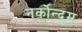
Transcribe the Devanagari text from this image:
नर्कोन्दुम